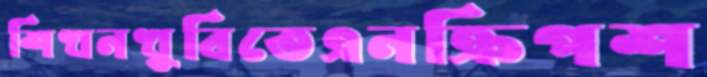
শিখনখুবিতেএনক্রিপশ